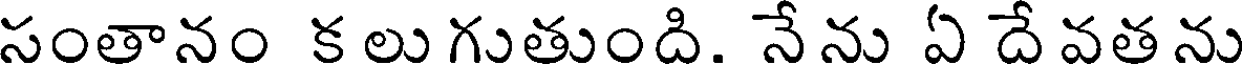
సంతానం క లు గుతుంది. నే ను ఏ దే వత ను